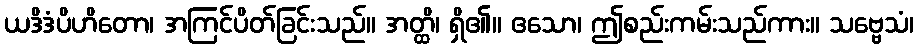
ယဒိဒံပိဟိတော၊ အကြင်ပိတ်ခြင်းသည်။ အတ္ထိ၊ ရှိ၏။ ဧသော၊ ဤစည်းကမ်းသည်ကား။ သဗ္ဗေသံ၊